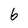
Character: 6